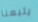
يتبعنا